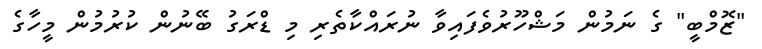
"ޒޮމްބީ" ގެ ނަމުން މަޝްހޫރުވެފައިވާ ނުރައްކާތެރި މި ޑްރަގު ބޭނުން ކުރުމުން މީހާގެ